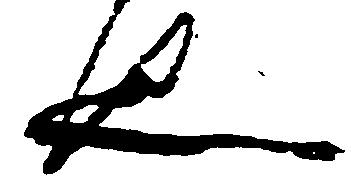
也